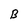
Character: B